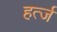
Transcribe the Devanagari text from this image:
हर्त्ज